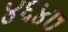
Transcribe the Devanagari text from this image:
४६४७